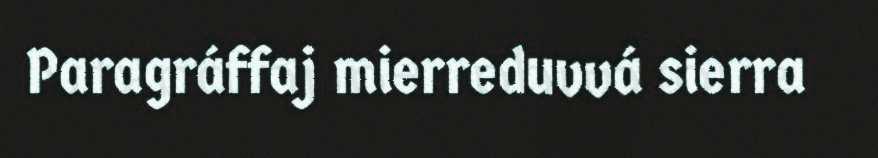
Paragráffaj mierreduvvá sierra